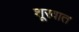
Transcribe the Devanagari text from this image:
शूरवात